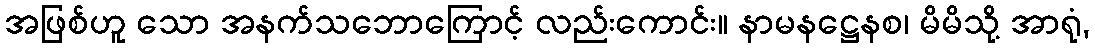
အဖြစ်ဟူ သော အနက်သဘောကြောင့် လည်းကောင်း။ နာမနဋ္ဌေနစ၊ မိမိသို့ အာရုံ,